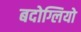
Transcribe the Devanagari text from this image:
बदोग्लियो